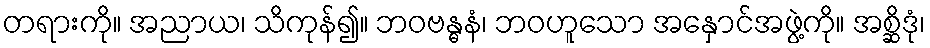
တရားကို။ အညာယ၊ သိကုန်၍။ ဘဝဗန္ဓနံ၊ ဘဝဟူသော အနှောင်အဖွဲ့ကို။ အစ္ဆိဒုံ၊